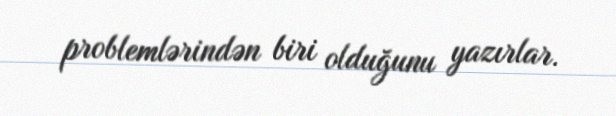
problemlərindən biri olduğunu yazırlar.